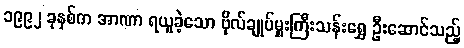
၁၉၉၂ ခုနှစ်က အာဏာ ရယူခဲ့သော ဗိုလ်ချုပ်မှူးကြီးသန်းရွှေ ဦးဆောင်သည့်